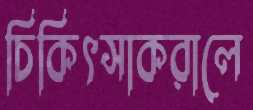
চিকিৎসাকরালে